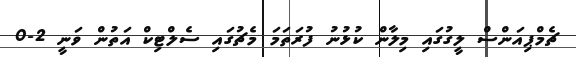
ޗެމްޕިއަންސް ލީގުގައި މިލާން ކުޅުނު ފުރަތަމަ މެޗުގައި ސެލްޓިކް އަތުން ވަނީ 2-0